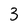
Character: 3